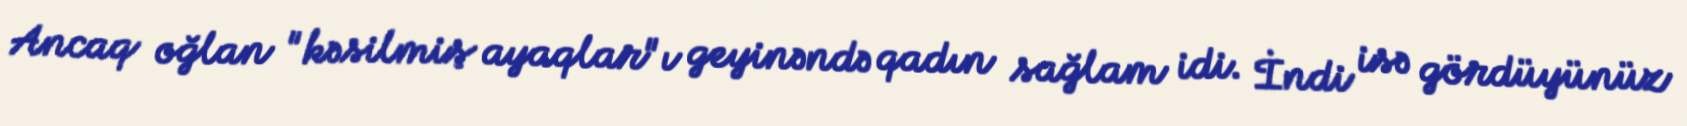
Ancaq oğlan "kəsilmiş ayaqlar"ı geyinəndə qadın sağlam idi. İndi isə gördüyünüz